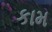
કામ